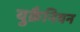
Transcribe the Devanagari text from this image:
युक्रैनियन